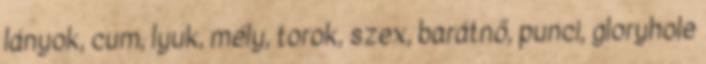
lányok, cum, lyuk, mély, torok, szex, barátnő, punci, gloryhole